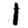
Digit: 1